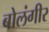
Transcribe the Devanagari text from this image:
बोलंगीर